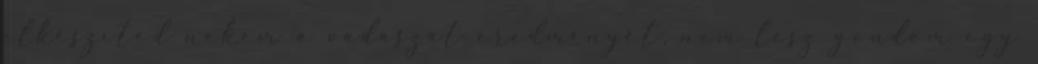
elkészíted nekem a vadászat eredményét, nem lesz gondom egy